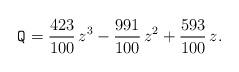
LaTeX: \begin{align*} \mbox{\tt Q} = \frac{423}{100} \,z^3 - \frac{991}{100} \,z^2 + \frac{593}{100} \,z . \end{align*}